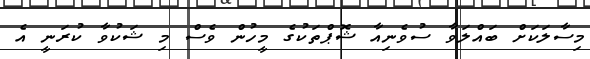
މިސާލަކަށް ބައްލަވާ ސުވެނިއާ ޝޮޕްތަކުގެ މީހުން ވެސް މި ޝަކުވާ ކުރަނީ އެ